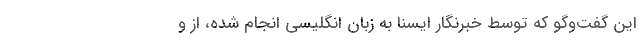
این گفت‌وگو که توسط خبرنگار ایسنا به زبان انگلیسی انجام شده، از و